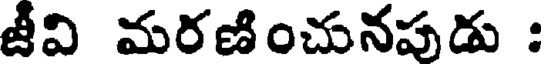
జీవి మరణించునపుడు :